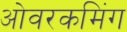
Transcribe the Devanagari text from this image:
ओवरकमिंग